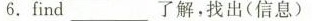
6.find ___ 了解，找出(信息)